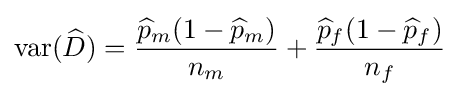
\operatorname {var} ({\widehat {D}})={\frac {{\widehat {p}}_{m}(1-{\widehat {p}}_{m})}{n_{m}}}+{\frac {{\widehat {p}}_{f}(1-{\widehat {p}}_{f})}{n_{f}}}